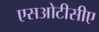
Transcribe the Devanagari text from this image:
एसओटीसीए